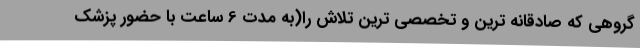
گروهی که صادقانه ترین و تخصصی ترین تلاش را(به مدت 6 ساعت با حضور پزشک